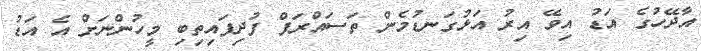
އާދޭހުގެ އަޑު އިވޭ އިރު އަޅުގަނޑުމެން ތަސައްރަފް ފުދިފައިތިބި މީހުންނަށް އެ އަޑު